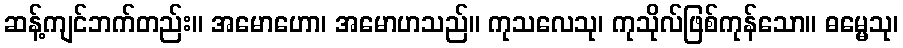
ဆန့်ကျင်ဘက်တည်း။ အမောဟော၊ အမောဟသည်။ ကုသလေသု၊ ကုသိုလ်ဖြစ်ကုန်သော။ ဓမ္မေသု၊